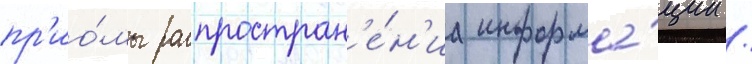
пр'ио́мы распростран'е́н'иа информа́ции /